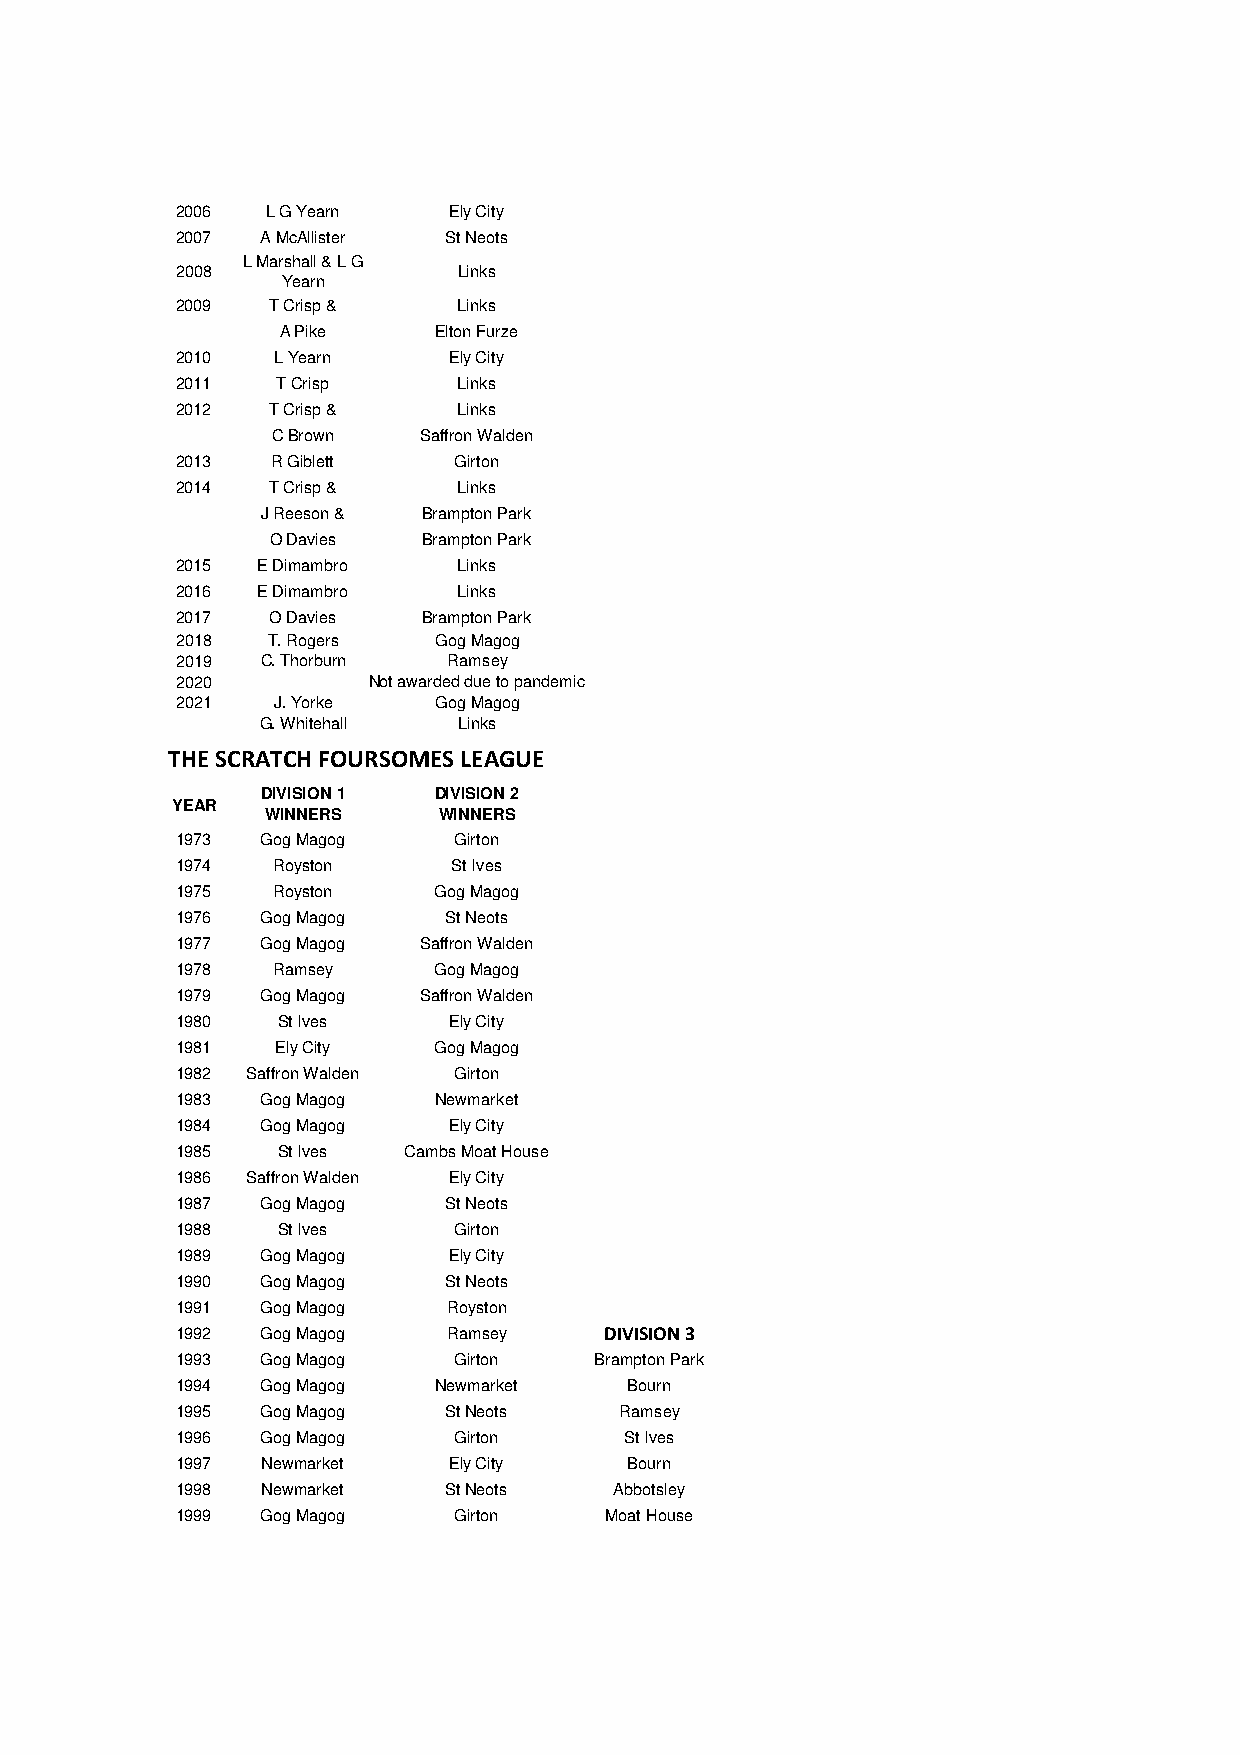
2006  L G Yearn   Ely City
 2007 A McAllister St Neots
 L Marshall & L G
 2008              Links
 Yearn
 2009  T Crisp &   Links
 A Pike    Elton Furze
 2010  L Yearn     Ely City
 2011  T Crisp     Links
 2012  T Crisp &   Links
 C Brown   Saffron Walden
 2013  R Giblett   Girton
 2014  T Crisp &   Links
 J Reeson & Brampton Park
 O Davies  Brampton Park
 2015 E Dimambro   Links
 2016 E Dimambro   Links
 2017  O Davies  Brampton Park
 2018  T. Rogers  Gog Magog
 2019 C. Thorburn  Ramsey
 2020        Not awarded due to pandemic
 2021  J. Yorke   Gog Magog
 G. Whitehall Links
 THE SCRATCH FOURSOMES LEAGUE
 DIVISION 1  DIVISION 2
 YEAR
 WINNERS    WINNERS
 1973 Gog Magog    Girton
 1974  Royston     St Ives
 1975  Royston    Gog Magog
 1976 Gog Magog    St Neots
 1977 Gog Magog  Saffron Walden
 1978  Ramsey     Gog Magog
 1979 Gog Magog  Saffron Walden
 1980  St Ives     Ely City
 1981  Ely City   Gog Magog
 1982 Saffron Walden Girton
 1983 Gog Magog   Newmarket
 1984 Gog Magog    Ely City
 1985  St Ives  Cambs Moat House
 1986 Saffron Walden Ely City
 1987 Gog Magog    St Neots
 1988  St Ives     Girton
 1989 Gog Magog    Ely City
 1990 Gog Magog    St Neots
 1991 Gog Magog    Royston
 1992 Gog Magog    Ramsey    DIVISION 3
 1993 Gog Magog    Girton   Brampton Park
 1994 Gog Magog   Newmarket    Bourn
 1995 Gog Magog    St Neots   Ramsey
 1996 Gog Magog    Girton     St Ives
 1997 Newmarket    Ely City    Bourn
 1998 Newmarket    St Neots   Abbotsley
 1999 Gog Magog    Girton    Moat House